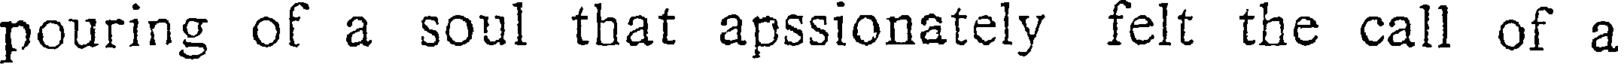
pouring of a soul that apssionately felt the call of a